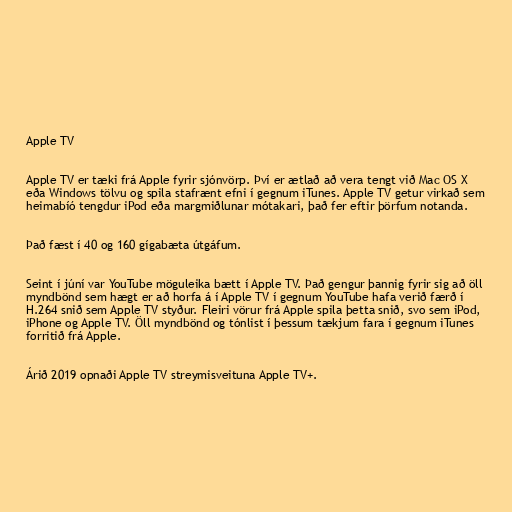
Apple TV

Apple TV er tæki frá Apple fyrir sjónvörp. Því er ætlað að vera tengt við Mac OS X
eða Windows tölvu og spila stafrænt efni í gegnum iTunes. Apple TV getur virkað sem
heimabíó tengdur iPod eða margmiðlunar mótakari, það fer eftir þörfum notanda.

Það fæst í 40 og 160 gígabæta útgáfum.

Seint í júní var YouTube möguleika bætt í Apple TV. Það gengur þannig fyrir sig að öll
myndbönd sem hægt er að horfa á í Apple TV í gegnum YouTube hafa verið færð í
H.264 snið sem Apple TV styður. Fleiri vörur frá Apple spila þetta snið, svo sem iPod,
iPhone og Apple TV. Öll myndbönd og tónlist í þessum tækjum fara í gegnum iTunes
forritið frá Apple.

Árið 2019 opnaði Apple TV streymisveituna Apple TV+.